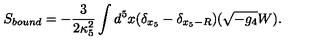
S _ { b o u n d } = - \frac { 3 } { 2 \kappa _ { 5 } ^ { 2 } } \int d ^ { 5 } x ( \delta _ { x _ { 5 } } - \delta _ { x _ { 5 } - R } ) ( \sqrt { - g _ { 4 } } W ) .